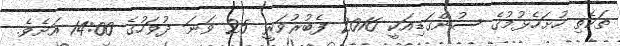
ތަކެތި ހުށަހެޅުމުގެ ސުންގަޑިއަކީ 2016 ފެބުރުވަރީ 25 ވަނަ ދުވަހުގެ 14:00 އަށެވެ.